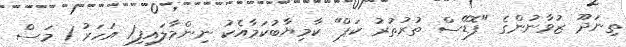
ތިނަދޫ ޒުވާނުންގެ "ފޮޑޭސް ތުރުތުރު ކަޕް" ކާމިޔާބުކަމާއެކު ނިންމާލައިފި1 އަހަރު 1 މަސް